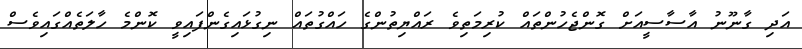
އަދި ގާނޫނު އާސާސީއަށް ގޮންޖެހުންތައް ކުރިމަތިވެ ރައްޔިތުންގެ ހައްގުތައް ނިގުޅައިގެންފައިވީ ކޮންމެ ހާލަތެއްގައިވެސް